Vaccination in Bombay 1856-1862 - 1856-1862
Year: 1856
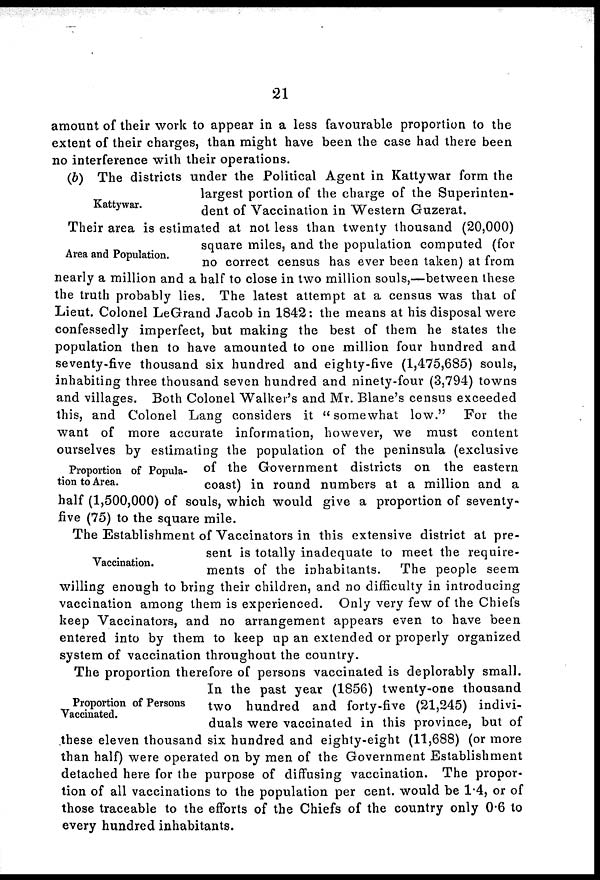
21
amount of their work to appear in a less favourable proportion to the
extent of their charges, than might have been the case had there been
no interference with their operations.
Kattywar.
(b) The districts under the Political Agent in Kattywar form the
largest portion of the charge of the Superinten-
dent of Vaccination in Western Guzerat.
Area and Population.
Proportion of Popula-
tion to Area.
Their area is estimated at not less than twenty thousand (20,000)
square miles, and the population computed (for
no correct census has ever been taken) at from
nearly a million and a half to close in two million souls,—between these
the truth probably lies. The latest attempt at a census was that of
Lieut. Colonel LeGrand Jacob in 1842: the means at his disposal were
confessedly imperfect, but making the best of them he states the
population then to have amounted to one million four hundred and
seventy-five thousand six hundred and eighty-five (1,475,685) souls,
inhabiting three thousand seven hundred and ninety-four (3,794) towns
and villages. Both Colonel Walker's and Mr. Blane's census exceeded
this, and Colonel Lang considers it "somewhat low." For the
want of more accurate information, however, we must content
ourselves by estimating the population of the peninsula (exclusive
of the Government districts on the eastern
coast) in round numbers at a million and a
half (1,500,000) of souls, which would give a proportion of seventy-
five (75) to the square mile.
Vaccination.
The Establishment of Vaccinators in this extensive district at pre-
sent is totally inadequate to meet the require-
ments of the inhabitants.
The people seem
willing enough to bring their children, and no difficulty in introducing
vaccination among them is experienced. Only very few of the Chiefs
keep Vaccinators, and no arrangement appears even to have been
entered into by them to keep up an extended or properly organized
system of vaccination throughout the country.
Proportion of Persons
Vaccinated.
The proportion therefore of persons vaccinated is deplorably small.
In the past year (1856) twenty-one thousand
two hundred and forty-five (21,245) indivi-
duals were vaccinated in this province, but of
these eleven thousand six hundred and eighty-eight (11,688) (or more
than half) were operated on by men of the Government Establishment
detached here for the purpose of diffusing vaccination. The propor-
tion of all vaccinations to the population per cent. would be 1.4, or of
those traceable to the efforts of the Chiefs of the country only 0.6 to
every hundred inhabitants.